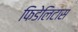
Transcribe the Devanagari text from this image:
फिडेलिटास